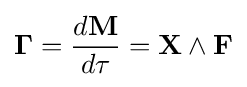
{\boldsymbol {\Gamma }}={\frac {d\mathbf {M} }{d\tau }}=\mathbf {X} \wedge \mathbf {F}